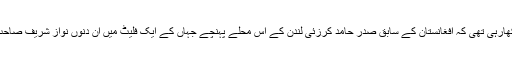
پہلی کلپ یہ دکھارہی تھی کہ افغانستان کے سابق صدر حامد کرزئی لندن کے اس محلے پہنچے جہاں کے ایک فلیٹ میں ان دنوں نواز شریف صاحب قیام پذیر ہیں۔